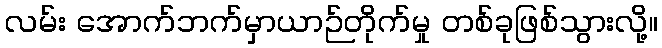
လမ်း အောက်ဘက်မှာယာဉ်တိုက်မှု တစ်ခုဖြစ်သွားလို့။